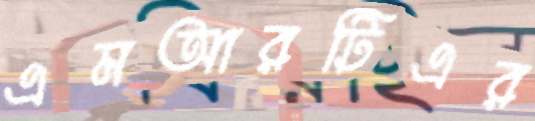
এমআরটিএর